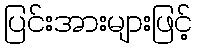
ပြင်းအားများဖြင့်